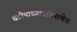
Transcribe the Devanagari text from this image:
चटोपाध्यायांप्रमाणेच